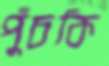
পুঁচকি